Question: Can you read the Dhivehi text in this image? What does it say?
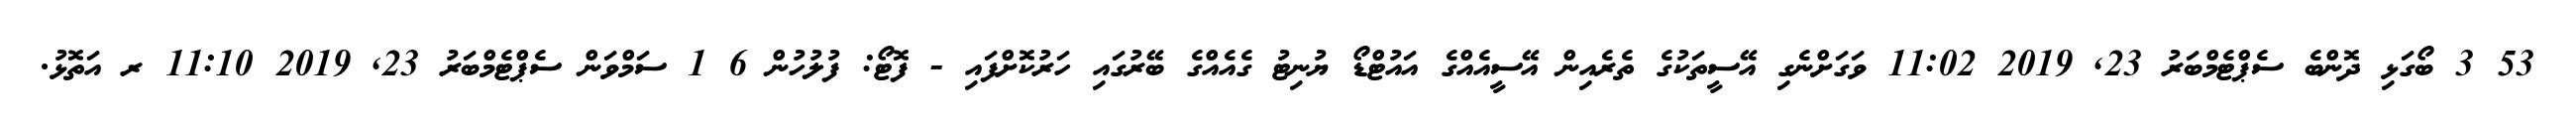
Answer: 53 3 ބޯގަޅި ދޮންބެ ސެޕްޓެމްބަރު 23, 2019 11:02 ވަގަށްނެގި އޭސީތަކުގެ ތެރެއިން އޭސީއެއްގެ އައުޓްޑޯ ޔުނިޓު ގެއެއްގެ ބޭރުގައި ހަރުކޮށްފައި - ފޮޓޯ: ފުލުހުން 6 1 ސަމްވަން ސެޕްޓެމްބަރު 23, 2019 11:10 ރ އަތޮޅު.